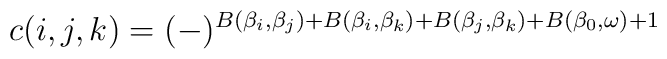
c(i,j,k)=(-)^{B(\beta_i,\beta_j)+B(\beta_i,\beta_k)+B(\beta_j,\beta_k)+B(\beta_0,\omega)+1}